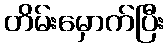
တိမ်းမှောက်ပြီး